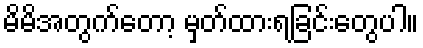
မိမိအတွက်တော့ မှတ်ထားရခြင်းတွေပါ။